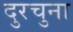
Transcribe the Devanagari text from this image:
दुरचुना